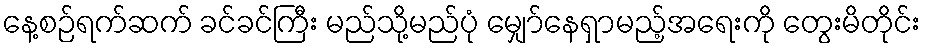
နေ့စဉ်ရက်ဆက် ခင်ခင်ကြီး မည်သို့မည်ပုံ မျှော်နေရှာမည့်အရေးကို တွေးမိတိုင်း